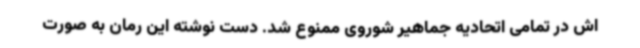
اش در تمامی اتحادیه جماهیر شوروی ممنوع شد. دست نوشته این رمان به صورت